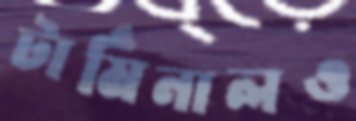
টার্মিনালও